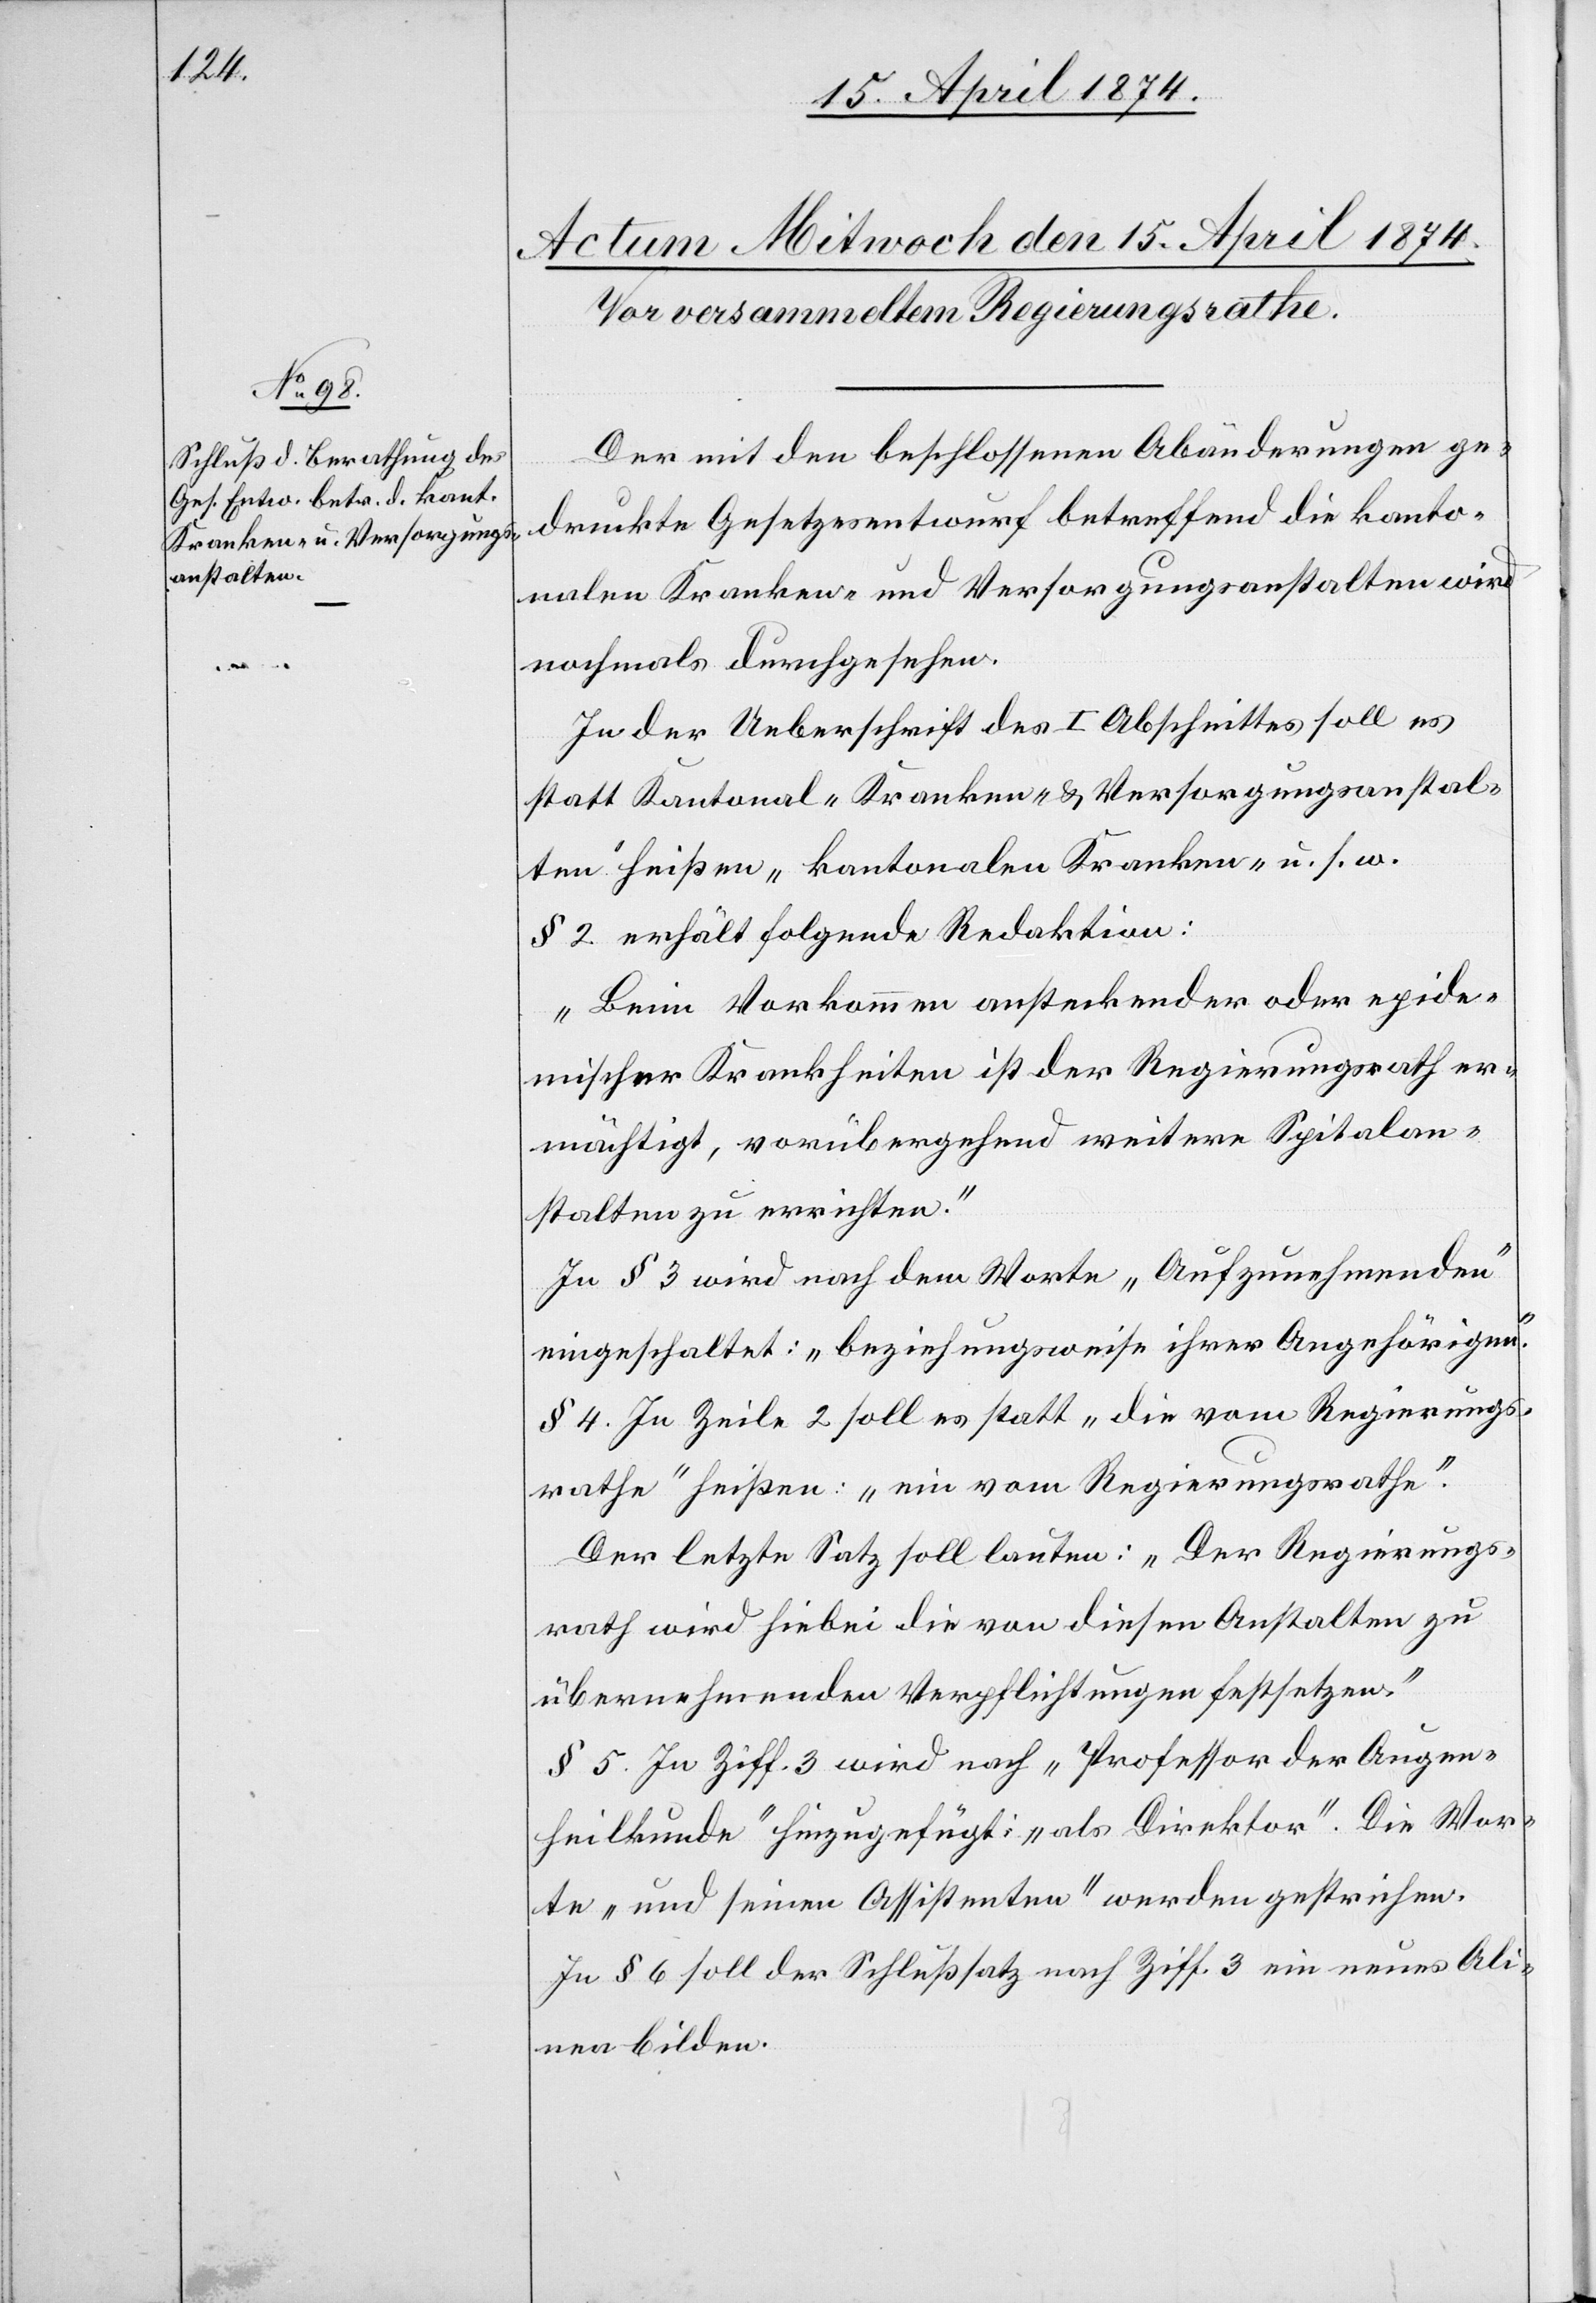
Der mit den beschlossenen Abänderungen ge¬
druckte Gesetzesentwurf betreffend die kanto¬
nalen Kranken- und Versorgungsanstalten wird
nochmals durchgesehen.
In der Ueberschrift des I. Abschnittes soll es
statt Kantonal[e] „Kranken- u. Versorgungsanstal¬
ten“ heißen „kantonalen Kranken“ u. s. w.
§ 2 erhält folgende Redaktion:
„Beim Vorkommen ansteckender oder epide¬
mischer Krankheiten ist der Regierungsrath er¬
mächtigt, vorübergehend weitere Spitalan¬
stalten zu errichten.“
In § 3 wird nach dem Worte „Aufzunehmenden“
eingeschaltet: „beziehungsweise ihrer Angehörigen.“
§ 4 In Zeile 2 soll es statt „die vom Regierungs¬
rathe“ heißen: „ein vom Regierungsrathe.“
Der letzte Satz soll lauten: „Der Regierungs¬
rath wird hiebei die von diesen Anstalten zu
übernehmenden Verpflichtungen festsetzen.“
§ 5. In Ziff. 3 wird nach „Professor der Augen¬
heilkunde“ hinzugefügt: „als Direktor.“ Die Wor¬
te „und seinen Assistenten“ werden gestrichen.
In § 6 soll der Schlußsatz nach Ziff. 3 ein neues Ali¬
nea bilden.